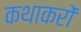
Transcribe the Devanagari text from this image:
कथाकरों